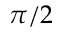
\pi / 2